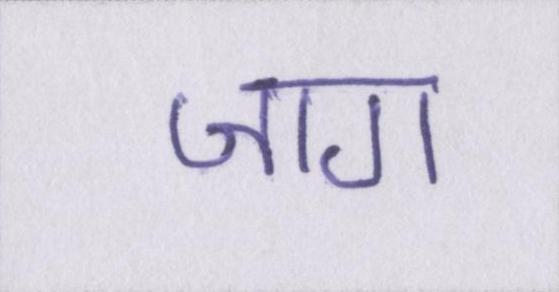
जाग